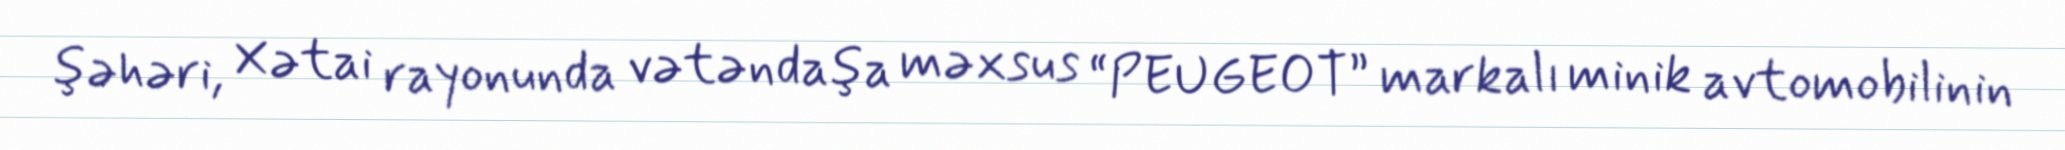
şəhəri, Xətai rayonunda vətəndaşa məxsus “PEUGEOT” markalı minik avtomobilinin